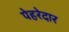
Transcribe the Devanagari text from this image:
पेहरेदार